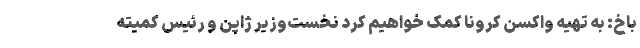
باخ: به تهیه واکسن کرونا کمک خواهیم کرد نخست‌وزیر ژاپن و رئیس کمیته